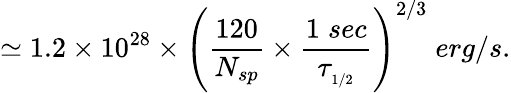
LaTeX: \simeq 1.2\times 10^{28}\times\left(\frac{120}{N_{sp}}\times\frac{1\; sec}{\tau_{_{1/2}}}\right)^{2/3}\; erg/s.